65_HS1-834228961_62-HQ-83894_Section_1
Agency: FBI
Page 131
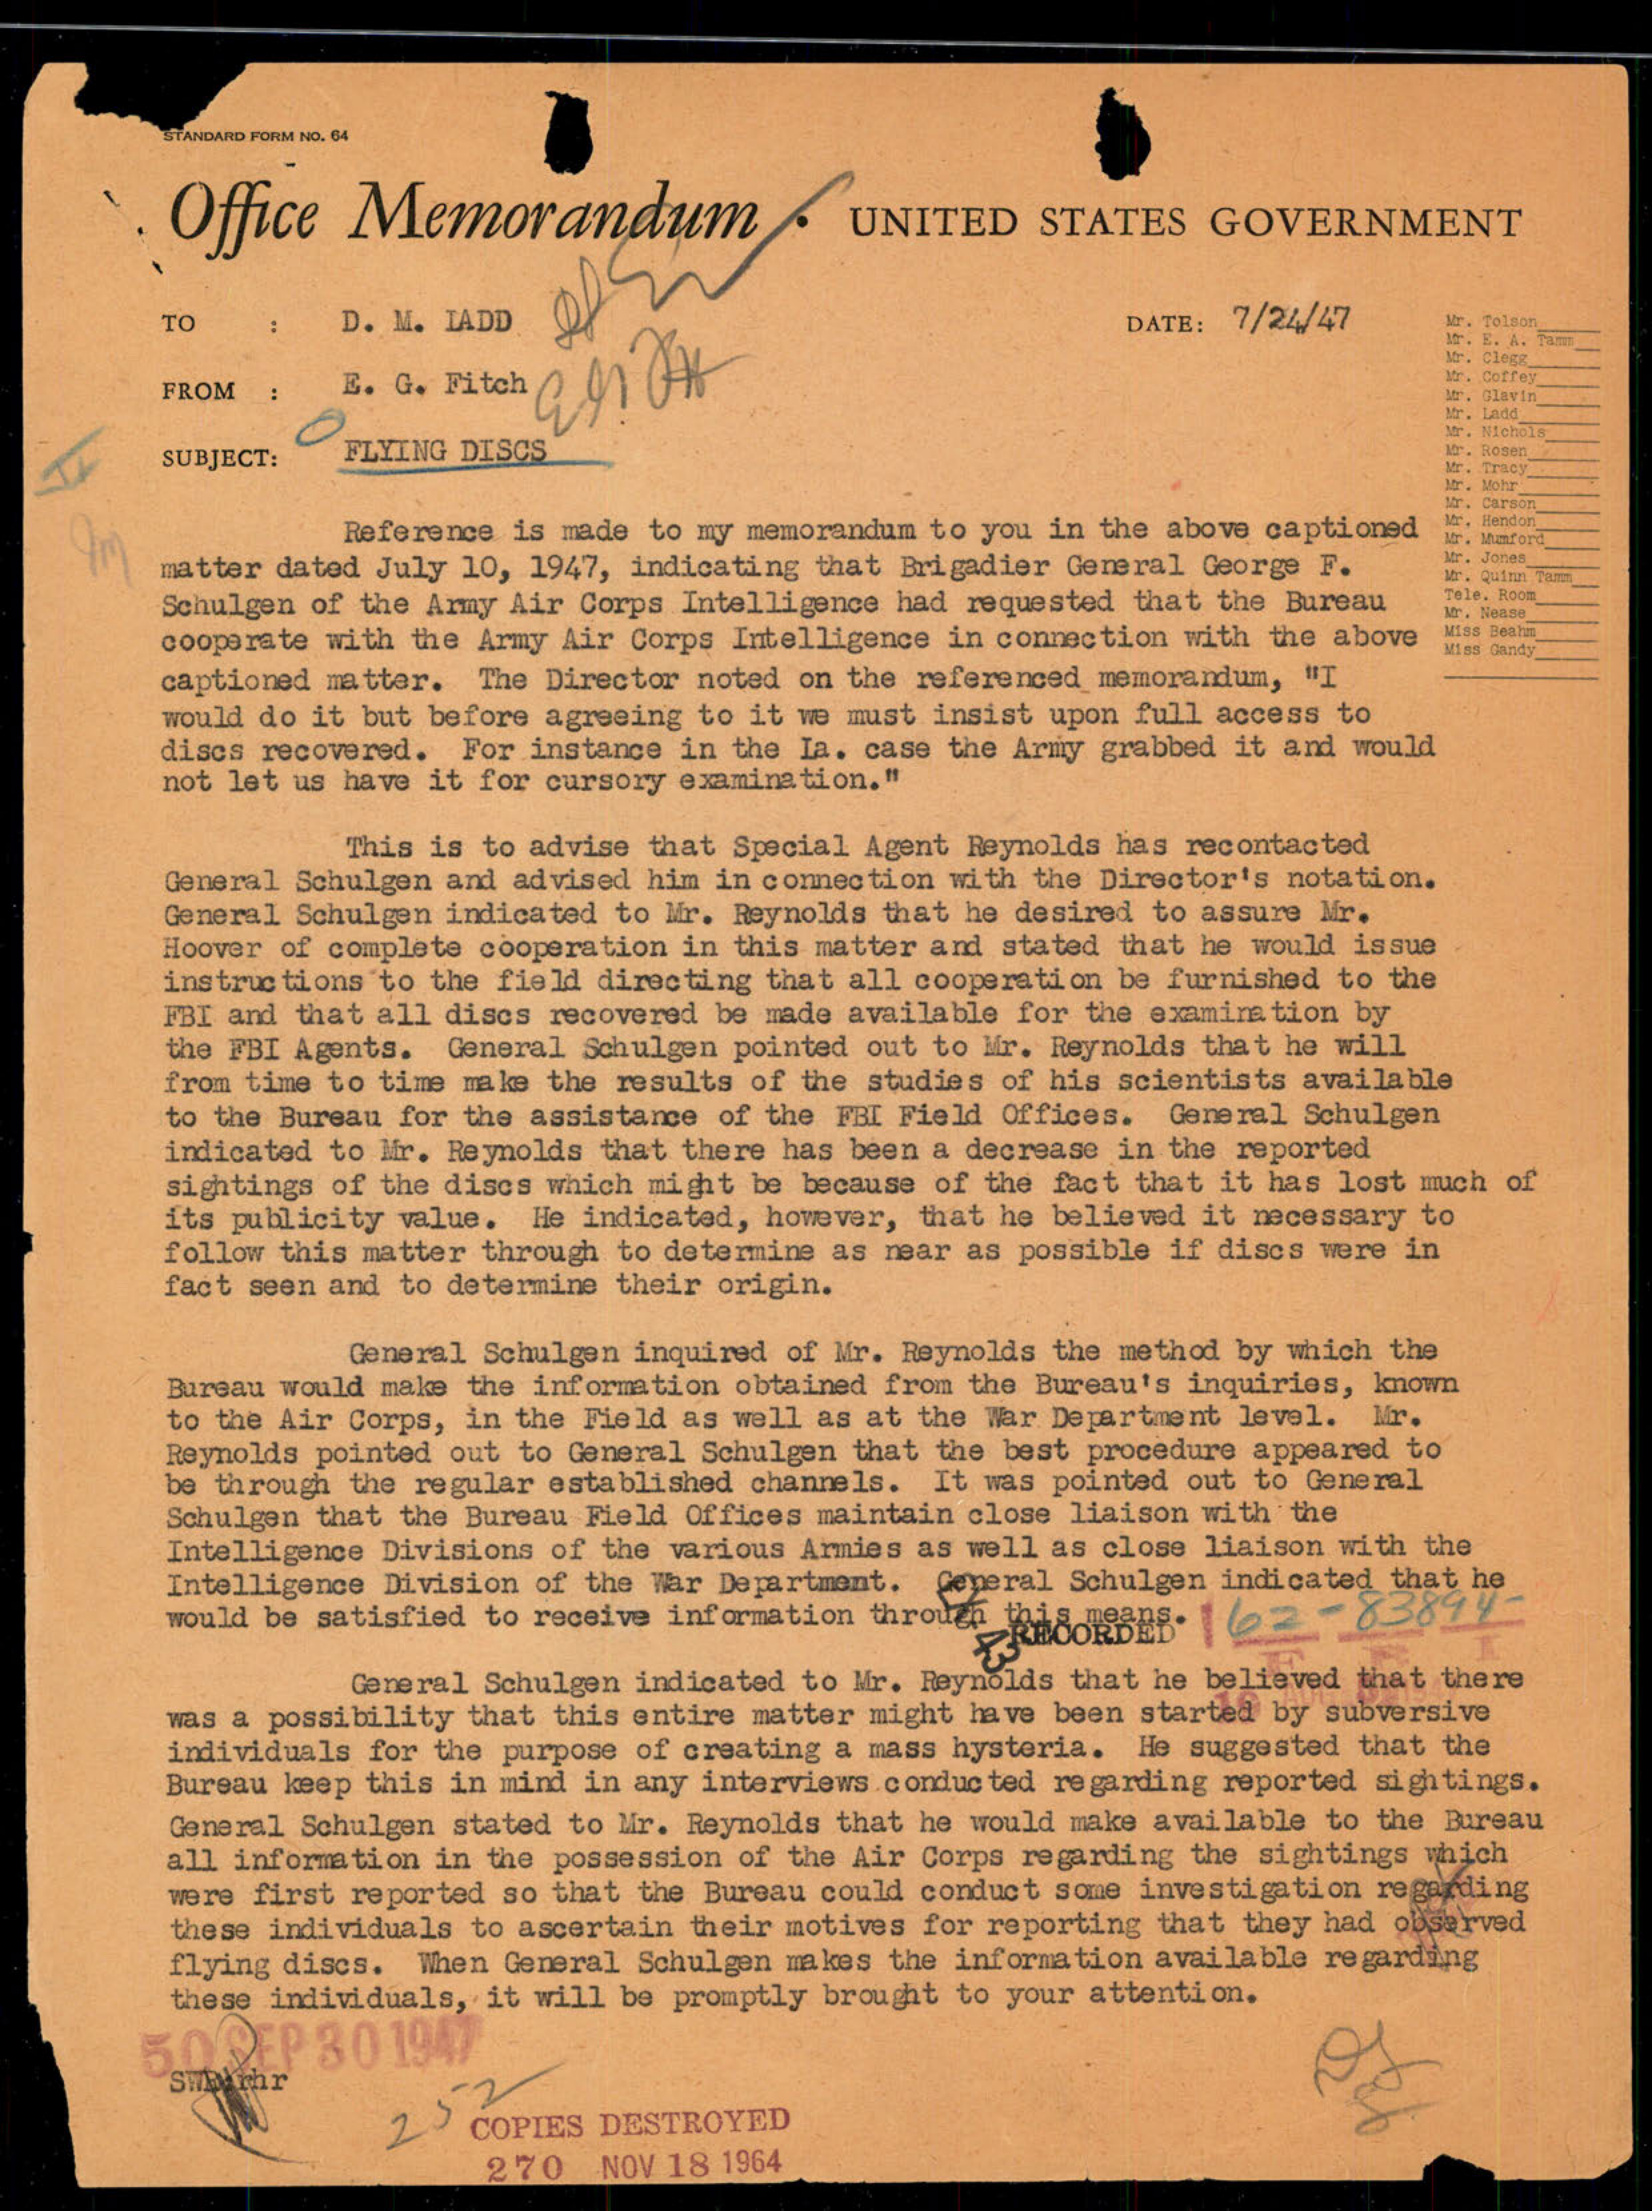